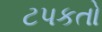
ટપકતો